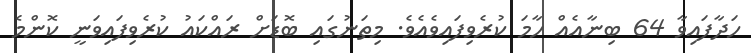
ހަދާފައިވާ 64 ބިނާއެއް ހާމަ ކުރެވިފައިވެއެވެ. މިތަނުގައި ބޮޑަށް ރައްކައު ކުރެވިފައިވަނީ ކޮންމެ